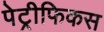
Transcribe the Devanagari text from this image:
पेट्रीफिकस